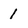
Character: 1